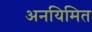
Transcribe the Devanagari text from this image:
अनयिमित